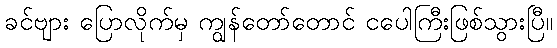
ခင်ဗျား ပြောလိုက်မှ ကျွန်တော်တောင် ငပေါကြီးဖြစ်သွားပြီ။